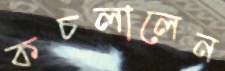
কচলালেন